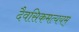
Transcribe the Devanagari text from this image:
दैवसिकमत्ययम्‌